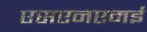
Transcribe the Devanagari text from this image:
एसएनएमई